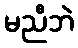
မညီဘဲ